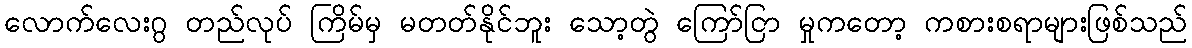
လောက်လေးဂွ တည်လုပ် ကြိမ်မှ မတတ်နိုင်ဘူး သော့တွဲ ကြော်ငြာ မှုကတော့ ကစားစရာများဖြစ်သည်